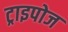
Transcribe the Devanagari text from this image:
ट्राइपोज